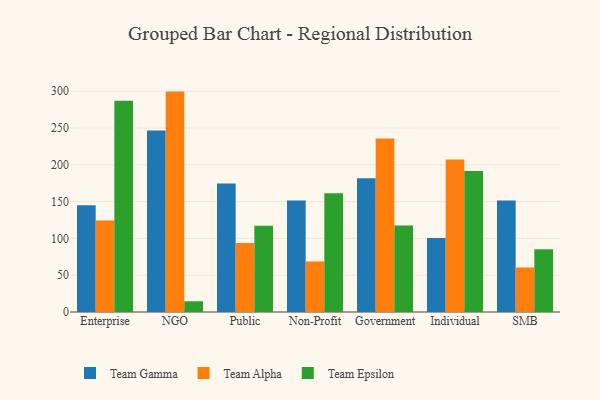
{"axis": {"x": "Segment", "y": "Revenue (USD Million)"}, "legend": ["Team Alpha", "Team Epsilon", "Team Gamma"], "data": [{"x": "Enterprise", "y": 145.1, "type": "Team Gamma"}, {"x": "Enterprise", "y": 124.4, "type": "Team Alpha"}, {"x": "Enterprise", "y": 287.2, "type": "Team Epsilon"}, {"x": "NGO", "y": 246.8, "type": "Team Gamma"}, {"x": "NGO", "y": 299.5, "type": "Team Alpha"}, {"x": "NGO", "y": 14.6, "type": "Team Epsilon"}, {"x": "Public", "y": 174.7, "type": "Team Gamma"}, {"x": "Public", "y": 93.9, "type": "Team Alpha"}, {"x": "Public", "y": 117.3, "type": "Team Epsilon"}, {"x": "Non-Profit", "y": 151.4, "type": "Team Gamma"}, {"x": "Non-Profit", "y": 68.7, "type": "Team Alpha"}, {"x": "Non-Profit", "y": 161.2, "type": "Team Epsilon"}, {"x": "Government", "y": 181.6, "type": "Team Gamma"}, {"x": "Government", "y": 235.7, "type": "Team Alpha"}, {"x": "Government", "y": 117.7, "type": "Team Epsilon"}, {"x": "Individual", "y": 100.5, "type": "Team Gamma"}, {"x": "Individual", "y": 207.4, "type": "Team Alpha"}, {"x": "Individual", "y": 191.7, "type": "Team Epsilon"}, {"x": "SMB", "y": 151.4, "type": "Team Gamma"}, {"x": "SMB", "y": 60.5, "type": "Team Alpha"}, {"x": "SMB", "y": 85.2, "type": "Team Epsilon"}]}